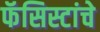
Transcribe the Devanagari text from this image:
फॅसिस्टांचे